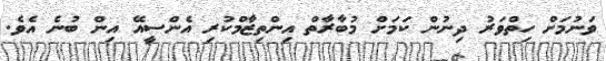
ވަނުމަށް ހިތްވަރު ދިނުން ކަމަށް މުބާރާތް އިންތިޒާމްކުރި އެންސީއޭ އިން ބުނެ އެވެ.